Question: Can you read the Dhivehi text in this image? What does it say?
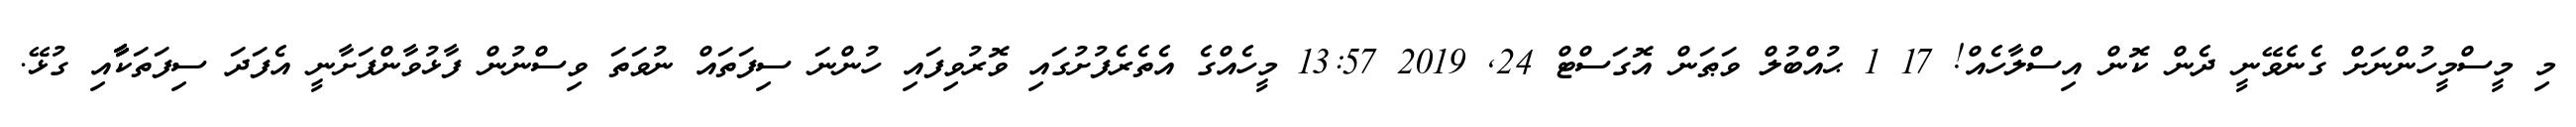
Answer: މި މީސްމީހުންނަށް ގެނެވޭނީ ދެން ކޮން އިސްލާހެއް! 17 1 ޙުއްބުލް ވަޠަން އޮގަސްޓް 24, 2019 13:57 މީހެއްގެ އެތެރެފުށުގައި ވޮރުވިފައި ހުންނަ ސިފަތައް ނުވަތަ ވިސްނުން ފާޅުވާންފަށާނީ އެފަދަ ސިފަތަކާާާާއި ގުޅޭ.